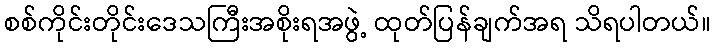
စစ်ကိုင်းတိုင်းဒေသကြီးအစိုးရအဖွဲ့ ထုတ်ပြန်ချက်အရ သိရပါတယ်။